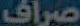
صراف